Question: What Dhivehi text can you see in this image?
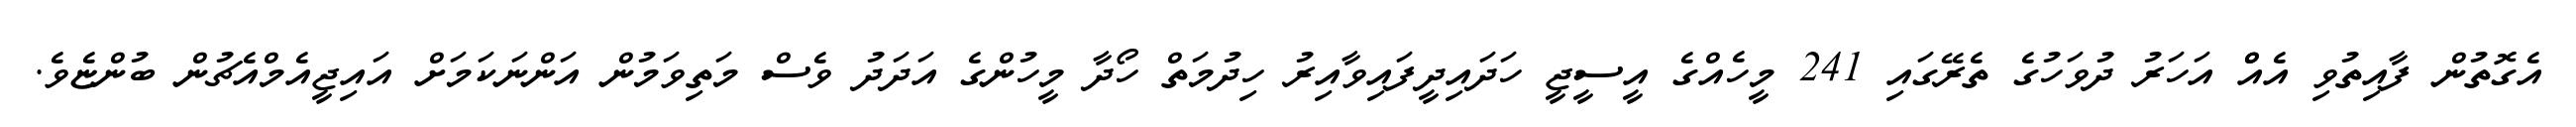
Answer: އެގޮތުން ފާއިތުވި އެއްް އަހަރު ދުވަހުގެ ތެރޭގައި 241 މީހެއްގެ އީސީޖީ ހަދައިދީފައިވާއިރު ހިދުމަތް ހޯދާ މީހުންގެ އަދަދު ވެސް މަތިވަމުން އަންނަކަމަށް އައިޖީއެމްއެޗުން ބުންޏެވެ.